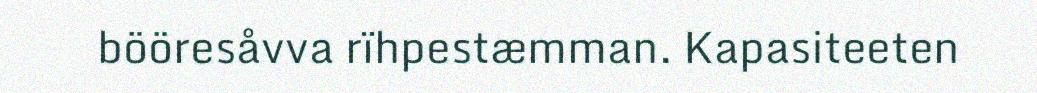
bööresåvva rïhpestæmman. Kapasiteeten